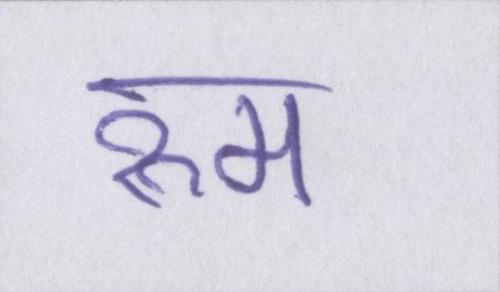
रुम